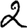
Digit: 2